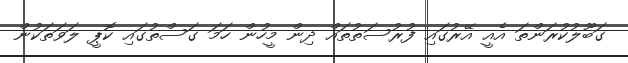
ގަބޫލުކުރަންތަ އެއީ އޭރުގައި ފުރުސަތުތައް ދިން މީހުން ހަމަ ގަސްތުގައި ކޮޕީ ލަވަތަކުން